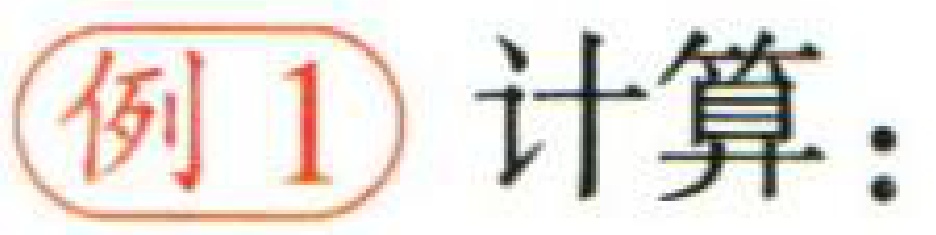
例 1 计算：